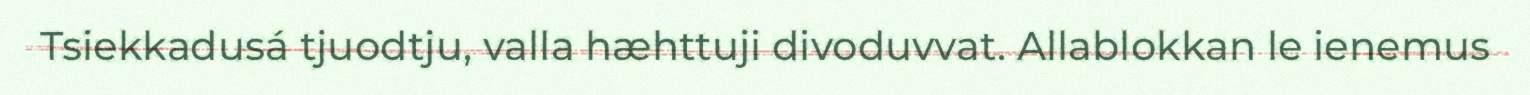
Tsiekkadusá tjuodtju, valla hæhttuji divoduvvat. Allablokkan le ienemus